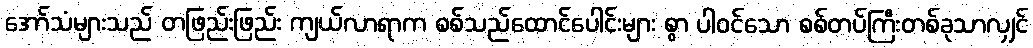
အော်သံများသည် တဖြည်းဖြည်း ကျယ်လာရာက စစ်သည်ထောင်ပေါင်းများ စွာ ပါဝင်သော စစ်တပ်ကြီးတစ်ခုသာလျှင်